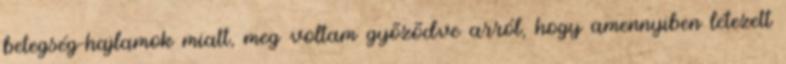
betegség-hajlamok miatt, meg voltam gyõzõdve arról, hogy amennyiben létezett